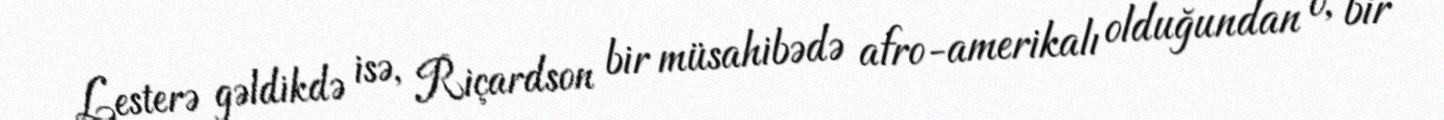
Lesterə gəldikdə isə, Riçardson bir müsahibədə afro-amerikalı olduğundan o, bir